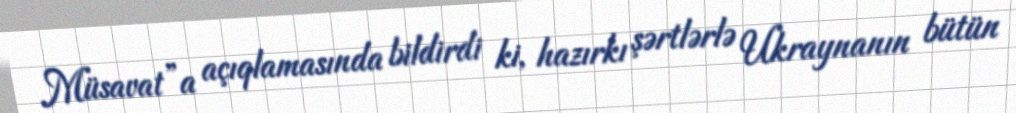
Müsavat”a açıqlamasında bildirdi ki, hazırkı şərtlərlə Ukraynanın bütün